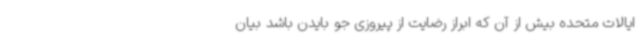
ایالات متحده بیش از آن که ابراز رضایت از پیروزی جو بایدن باشد بیان